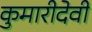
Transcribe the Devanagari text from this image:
कुमारीदेवी